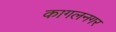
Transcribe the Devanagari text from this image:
कागलनगर